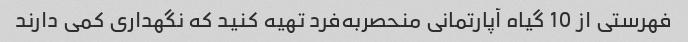
فهرستی از 10 گیاه آپارتمانی منحصربه‌فرد تهیه کنید که نگهداری کمی دارند